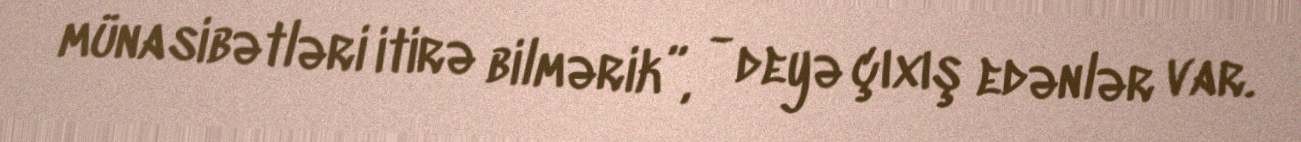
münasibətləri itirə bilmərik”, - deyə çıxış edənlər var.